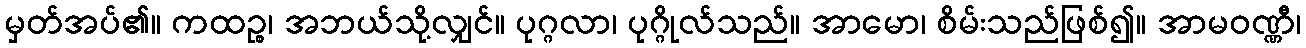
မှတ်အပ်၏။ ကထဉ္စ၊ အဘယ်သို့လျှင်။ ပုဂ္ဂလာ၊ ပုဂ္ဂိုလ်သည်။ အာမော၊ စိမ်းသည်ဖြစ်၍။ အာမဝဏ္ဏီ၊